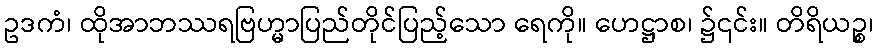
ဥဒကံ၊ ထိုအာဘဿရဗြဟ္မာပြည်တိုင်ပြည့်သော ရေကို။ ဟေဋ္ဌာစ၊ ၌၎င်း။ တိရိယဉ္စ၊